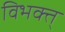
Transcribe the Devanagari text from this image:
विभक्त्